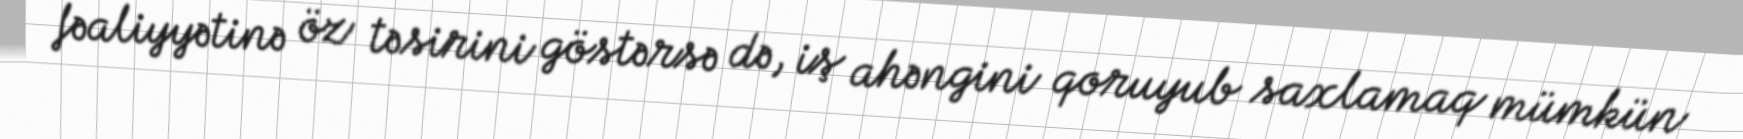
fəaliyyətinə öz təsirini göstərsə də, iş ahəngini qoruyub saxlamaq mümkün